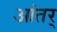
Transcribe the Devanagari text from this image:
आंतर्